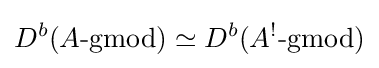
D^{b}(A{\text{-gmod}})\simeq D^{b}(A^{!}{\text{-gmod}})